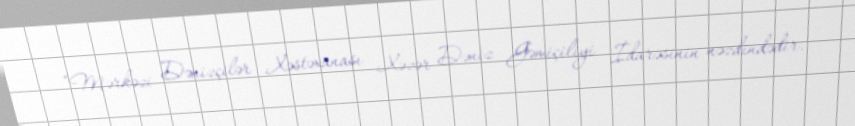
“Mərkəzi Dənizçilər Xəstəxanası Xəzər Dəniz Gəmiçiliyi İdarəsinin nəzdindədir.